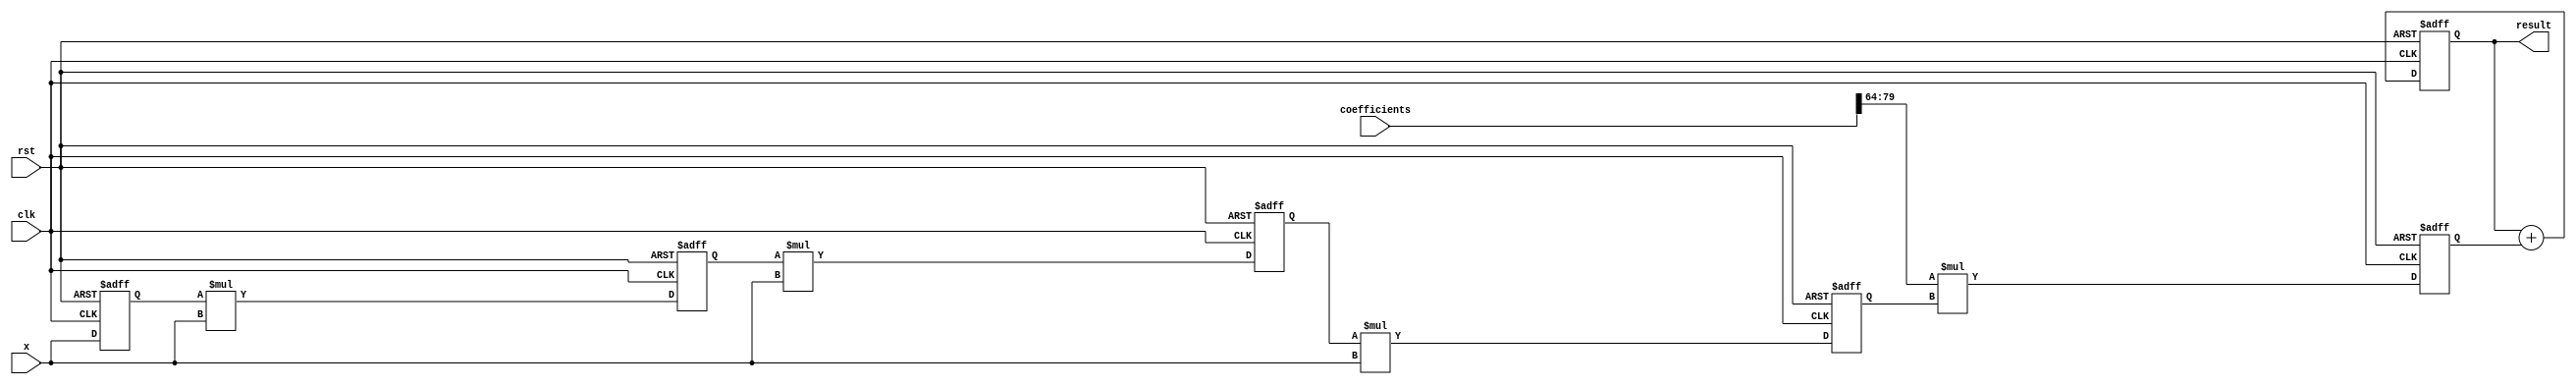
module cordic_poly_eval #(
    parameter COEFF_WIDTH = 16, // Width for coefficients
    parameter DATA_WIDTH = 16,   // Width for input x and result
    parameter DEGREE = 4         // Degree of the polynomial
)(
    input wire clk,
    input wire rst,
    input wire [DATA_WIDTH-1:0] x, // Input value
    input wire [COEFF_WIDTH * (DEGREE + 1) - 1:0] coefficients, // Coefficients for the polynomial
    output reg [DATA_WIDTH-1:0] result // Evaluated polynomial value
);

// Internal signals
reg [DATA_WIDTH-1:0] power[0:DEGREE]; // Powers of x
reg [DATA_WIDTH-1:0] term[0:DEGREE];  // Each term of the polynomial
wire [DATA_WIDTH-1:0] coeff[0:DEGREE]; // Coefficients split into arrays
integer i;

// Split coefficients into an array
generate
    genvar j;
    for (j = 0; j <= DEGREE; j = j + 1) begin: coeff_split
        assign coeff[j] = coefficients[(j + 1) * COEFF_WIDTH - 1 -: COEFF_WIDTH];
    end
endgenerate

// Compute powers of x iteratively
always @(posedge clk or posedge rst) begin
    if (rst) begin
        power[0] <= 1; // x^0 = 1
        for (i = 1; i <= DEGREE; i = i + 1) begin
            power[i] <= 0; // Initialize powers
        end
    end else begin
        power[1] <= x; // x^1 = x
        for (i = 2; i <= DEGREE; i = i + 1) begin
            power[i] <= power[i-1] * x; // x^i = x^(i-1) * x
        end
    end
end

// Compute polynomial terms
always @(posedge clk or posedge rst) begin
    if (rst) begin
        for (i = 0; i <= DEGREE; i = i + 1) begin
            term[i] <= 0; // Initialize terms
        end
    end else begin
        for (i = 0; i <= DEGREE; i = i + 1) begin
            term[i] <= coeff[i] * power[i]; // c_i * x^i
        end
    end
end

// Accumulate results
always @(posedge clk or posedge rst) begin
    if (rst) begin
        result <= 0; // Initialize result
    end else begin
        result <= 0; // Reset result
        for (i = 0; i <= DEGREE; i = i + 1) begin
            result <= result + term[i]; // Sum up all terms
        end
    end
end

endmodule